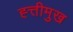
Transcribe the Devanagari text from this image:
ह्त्तीमुख